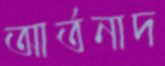
আর্তনাদ